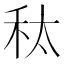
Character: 𮂲